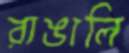
রাঙালি